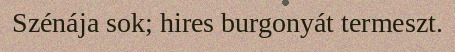
Szénája sok; hires burgonyát termeszt.